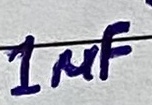
Text: 1µF